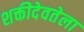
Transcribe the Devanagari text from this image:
शक्तीदेवतेला